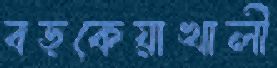
বড়কেয়াখালী